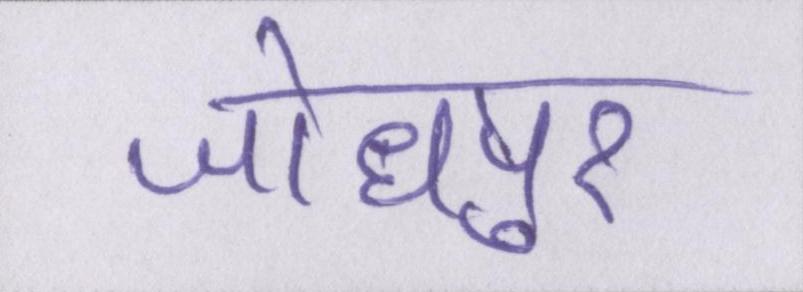
जोधपुर